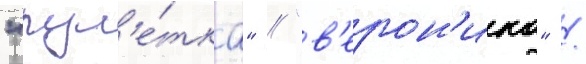
"рул'е́тка" / "в'ерон'ика" /